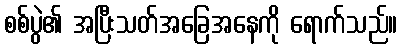
စစ်ပွဲ၏ အပြီးသတ်အခြေအနေကို ရောက်သည်။